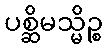
ပစ္ဆိမသ္မိဉ္စ